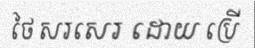
ថៃ សរសេរ ដោយ ប្រើ